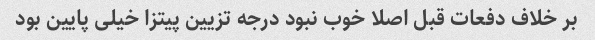
بر خلاف دفعات قبل اصلا خوب نبود درجه تزیین پیتزا خیلی پایین بود